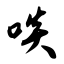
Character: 啖